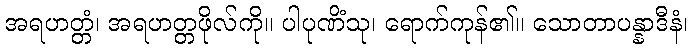
အရဟတ္တံ၊ အရဟတ္တဖိုလ်ကို။ ပါပုဏိံသု၊ ရောက်ကုန်၏။ သောတာပန္နာဒီနံ၊